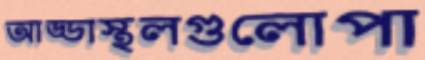
আড্ডাস্থলগুলোপা